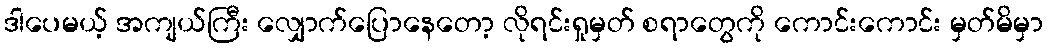
ဒါပေမယ့် အကျယ်ကြီး လျှောက်ပြောနေတော့ လိုရင်းရှုမှတ် စရာတွေကို ကောင်းကောင်း မှတ်မိမှာ